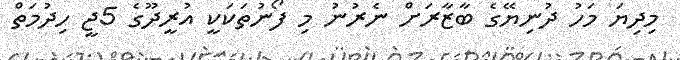
މިދިޔަ މަހު ދުނިޔޭގެ ބާޒާރަށް ނެރުނު މި ފޯނުތަކަކީ އުރީދޫގެ 5ޖީ ހިދުމަތް